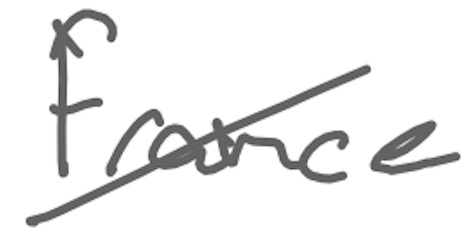
Text: France
Cross-out: diagonal
Writing tool: digital_gray